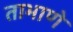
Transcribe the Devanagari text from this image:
ताभाणे